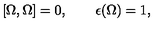
[ \Omega , \Omega ] = 0 , \qquad \epsilon ( \Omega ) = 1 ,